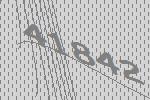
41842